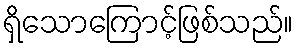
ရှိသောကြောင့်ဖြစ်သည်။